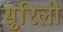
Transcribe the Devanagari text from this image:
सुरिलो